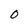
Character: 0